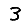
Digit: 3